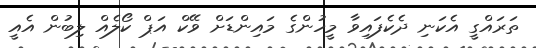
ތަރައްގީ އެކަނި ދެކެފައިވާ މީހުންގެ މައިންޑަށް ވޭކް އަޕް ކޯލެއް ލިބުން އެއީ